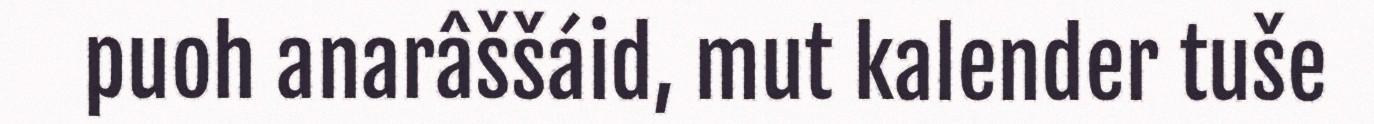
puoh anarâššáid, mut kalender tuše